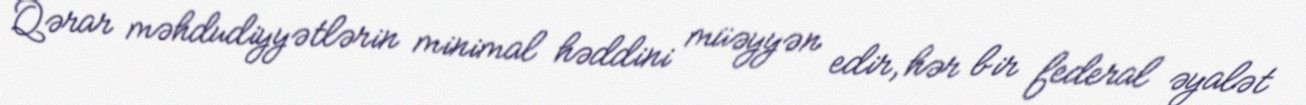
Qərar məhdudiyyətlərin minimal həddini müəyyən edir, hər bir federal əyalət